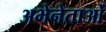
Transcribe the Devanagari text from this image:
अभेनेताओं